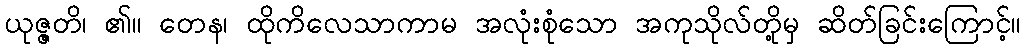
ယုဇ္ဇတိ၊ ၏။ တေန၊ ထိုကိလေသာကာမ အလုံးစုံသော အကုသိုလ်တို့မှ ဆိတ်ခြင်းကြောင့်။